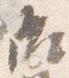
御